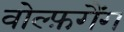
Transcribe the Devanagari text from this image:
वोल्फ़गैंग